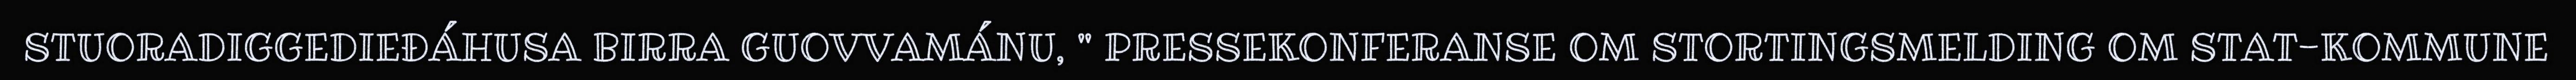
STUORADIGGEDIEĐÁHUSA BIRRA GUOVVAMÁNU, " PRESSEKONFERANSE OM STORTINGSMELDING OM STAT-KOMMUNE